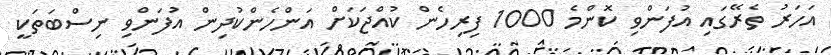
އަހަރު ތެރޭގައި އުފަންވި ކޮންމެ 1000 ފިރިހެން ކުއްޖަކަށް އަންހެންކުދިން އުފަންވި ނިސްބަތަކީ